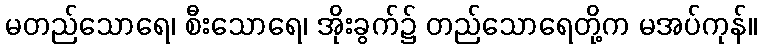
မတည်သောရေ၊ စီးသောရေ၊ အိုးခွက်၌ တည်သောရေတို့က မအပ်ကုန်။